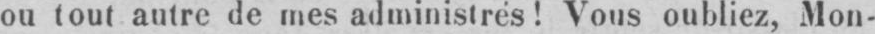
ou tout autre de mes administrés! Vous oubliez, Mon-